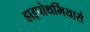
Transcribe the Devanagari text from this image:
हाइपोथर्मियासे